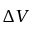
\Delta V